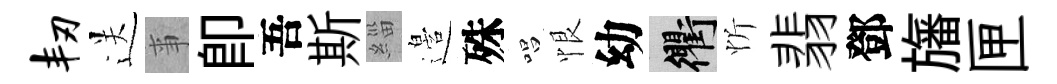
韧送亊卽吾斯緇邉殊唱恨幼衢忻翡鄧旛匣